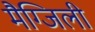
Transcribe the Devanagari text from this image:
मैग्जिली